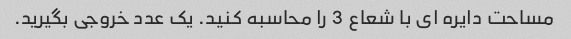
مساحت دایره ای با شعاع 3 را محاسبه کنید. یک عدد خروجی بگیرید.